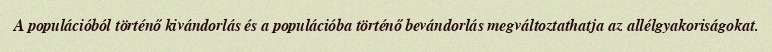
A populációból történő kivándorlás és a populációba történő bevándorlás megváltoztathatja az allélgyakoriságokat.